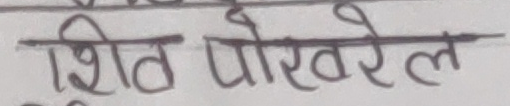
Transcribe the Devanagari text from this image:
शित पौरेल